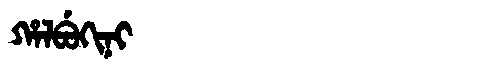
Manchu: ᡥᠠᠯᠪᡠᡴᡳᠨᡳ
Romanization: HALBUKINI